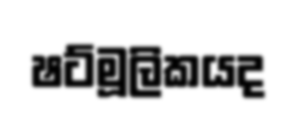
ෂට්මූලිකයද